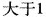
大于1